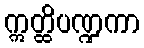
ဣတ္ထိပဏ္ဍကာ